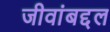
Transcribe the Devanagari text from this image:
जीवांबद्दल